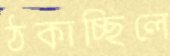
ঠকাচ্ছিলে